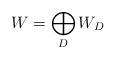
LaTeX: \begin{align*}W=\bigoplus_D W_D\end{align*}